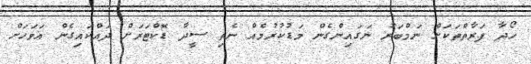
ހޯދާ ފަރާތްތަކަށް ނަމްބަރު ނަގައިންގެން މަޑުކުރުމެއް ނެތި ސީދާ ޑޮކްޓަރަށް ދައްކައިގެން އަވަހަށް